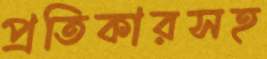
প্রতিকারসহ